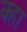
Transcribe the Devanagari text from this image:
क्हा